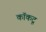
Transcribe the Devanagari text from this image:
कॉकटू